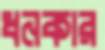
ধনকার